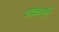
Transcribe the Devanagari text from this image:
यंकारी